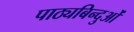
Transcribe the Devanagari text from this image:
पाठ्यबिन्दुओं